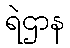
ရဲဌာန